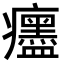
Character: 𤼎